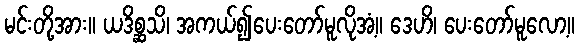
မင်းတို့အား။ ယဒိစ္ဆသိ၊ အကယ်၍ပေးတော်မူလိုအံ့။ ဒေဟိ၊ ပေးတော်မူလော့။